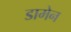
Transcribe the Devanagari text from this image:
डामेन